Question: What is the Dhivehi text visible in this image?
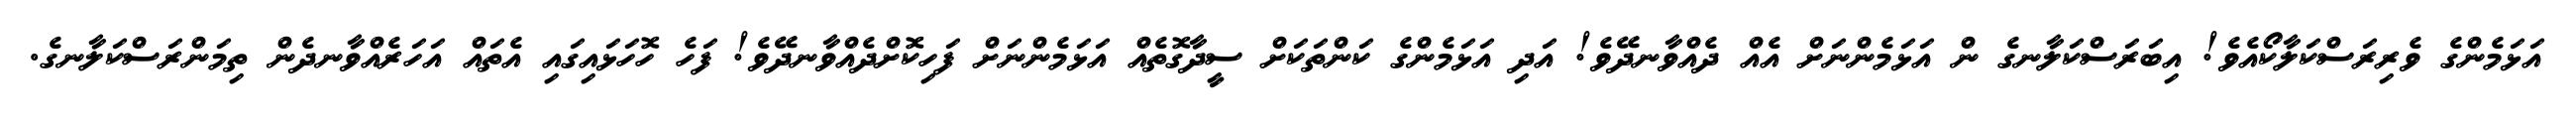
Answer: އަޅަމެންގެ ވެރިރަސްކަލާކޯއެވެ! އިބަރަސްކަލާނގެ ން އަޅަމެންނަށް އެއް ދެއްވާނދޭވެ! އަދި އަޅަމެންގެ ކަންތަކަށް ސީދާގޮތެއް އަޅަމެންނަށް ފަހިކޮށްދެއްވާނދޭވެ! ފަހެ ހޮހަޅައިގައި އެތައް އަހަރެއްވާނދެން ތިމަންރަސްކަލާނގެ.